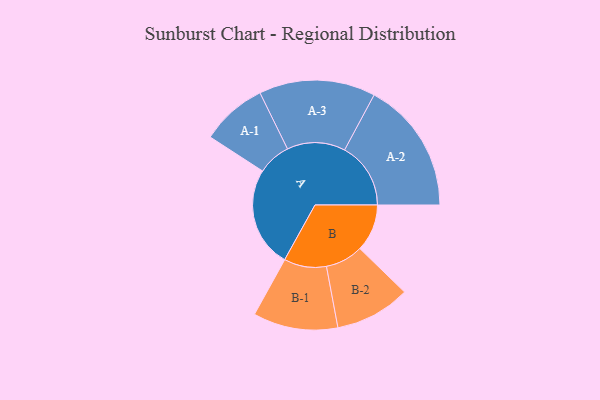
{"axis": {"x": "Segment", "y": "Value"}, "legend": ["", "A", "B"], "data": [{"x": "A", "y": 432, "type": ""}, {"x": "B", "y": 203, "type": ""}, {"x": "A-1", "y": 142, "type": "A"}, {"x": "A-2", "y": 284, "type": "A"}, {"x": "A-3", "y": 250, "type": "A"}, {"x": "B-1", "y": 182, "type": "B"}, {"x": "B-2", "y": 162, "type": "B"}]}